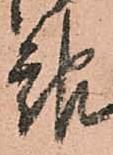
報